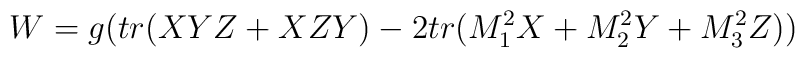
W =g( tr(XYZ+XZY) - 2tr(M_1^2 X+M_2^2Y +M_3^2 Z))